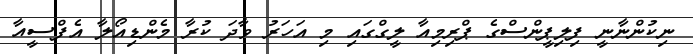
ނިކުންނާނީ ފިލިޕީންސްގެ ޕްރިމިއާ ލީގްގައި މި އަހަރު ވާދަ ކުރާ މެންޑިއޯލާ އެފްސީއާ